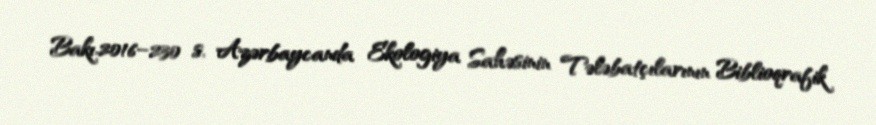
Bakı.2016–230 s. Azərbaycanda Ekologiya Sahəsinin Tələbatçılarının Biblioqrafik